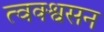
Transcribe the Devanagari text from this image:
त्वक्श्वसन